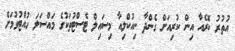
އުތުރު ކޮރެއާ އިން ކުރިއަށް ގެންދާ ނިއުކްލިއާ މިސައިލް ޓެސްޓުތަކުގެ މައްސަލަ ހުއްޓުވުމަށް